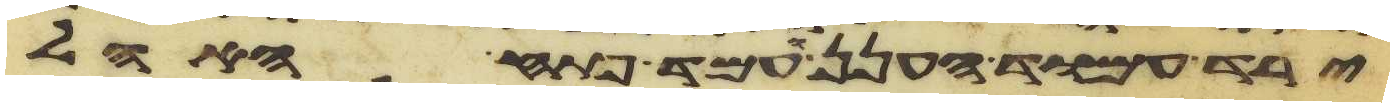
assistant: ירד עמוד הענן ועמד פתח האהל